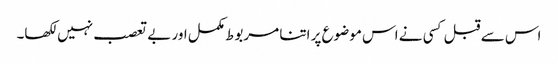
اس سے قبل کسی نے اس موضوع پر اتنا مربوط مکمل اور بے تعصب نہیں لکھا۔